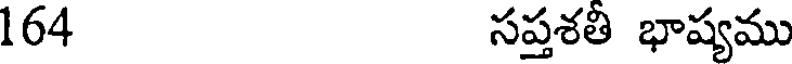
164 సప్తశతి భాష్యము